Indian journal of veterinary science and animal husbandry - Volume 4,
Year: 1934
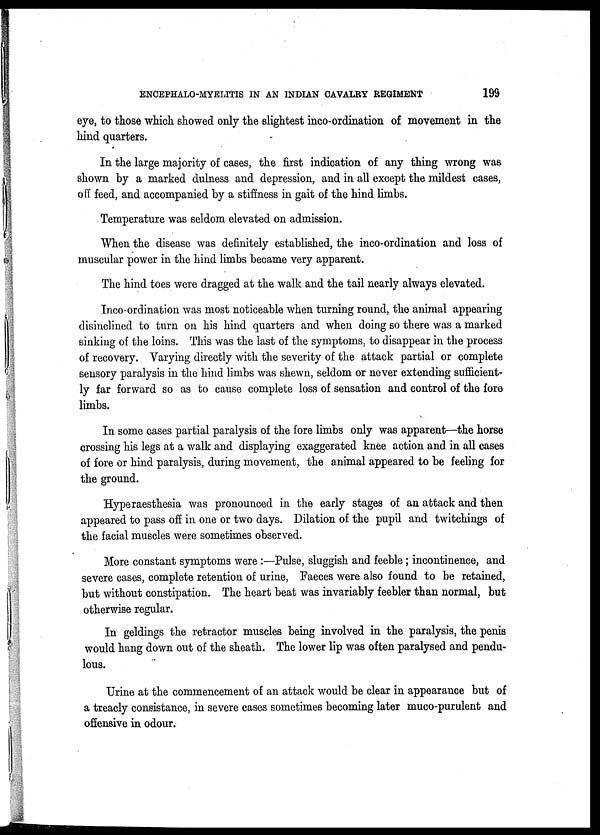
ENCEPHALO-MYELITIS IN AN INDIAN CAVALRY REGIMENT
199
eye, to those which, showed only the slightest inco-ordination of movement in the
hind quarters.
In the large majority of cases, the first indication of any thing wrong was
shown by a marked dulness and depression, and in all except the mildest cases,
off feed, and accompanied by a stiffness in gait of the hind limbs.
Temperature was seldom elevated on admission.
When the disease was definitely established, the inco-ordination and loss of
muscular power in the hind limbs became very apparent.
The hind toes were dragged at the walk and the tail nearly always elevated.
Inco-ordination was most noticeable when turning round, the animal appearing
disinclined to turn on his hind quarters and when doing so there was a marked
sinking of the loins. This was the last of the symptoms, to disappear in the process
of recovery. Varying directly with the severity of the attack partial or complete
sensory paralysis in the hind limbs was shewn, seldom or never extending sufficient-
ly far forward so as to cause complete loss of sensation and control of the fore
limbs.
In some cases partial paralysis of the fore limbs only was apparent—the horse
crossing his legs at a walk and displaying exaggerated knee action and in all cases
of fore or hind paralysis, during movement, the animal appeared to be feeling for
the ground.
Hyperaesthesia was pronounced in the early stages of an attack and then
appeared to pass off in one or two days. Dilation of the pupil and twitchings of
the facial muscles were sometimes observed.
More constant symptoms were :—Pulse, sluggish and feeble; incontinence, and
severe cases, complete retention of urine, Faeces were also found to be retained,
but without constipation. The heart beat was invariably feebler than normal, but
otherwise regular.
In geldings the retractor muscles being involved in the paralysis, the penis
would hang down out of the sheath. The lower lip was often paralysed and pendu-
lous.
Urine at the commencement of an attack would be clear in appearance but of
a treacly consistance, in severe cases sometimes becoming later muco-purulent and
offensive in odour.